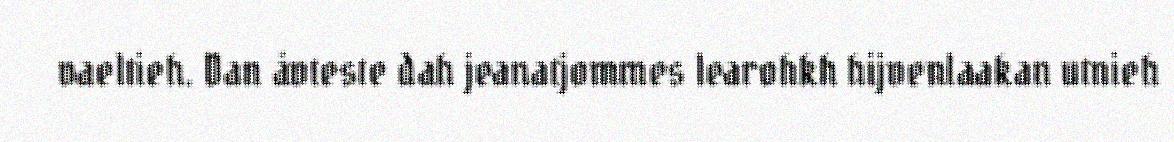
vaeltieh. Dan åvteste dah jeanatjommes learohkh hijvenlaakan utnieh